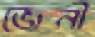
জেনী